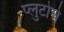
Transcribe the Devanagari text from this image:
प्लुटोचे